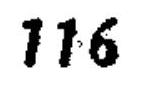
\(116\)